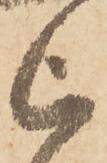
被